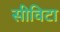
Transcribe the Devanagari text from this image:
सीविटा